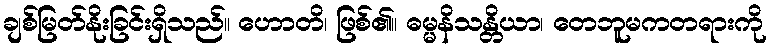
ချစ်မြတ်နိုးခြင်းရှိသည်။ ဟောတိ၊ ဖြစ်၏။ ဓမ္မနိသန္တိယာ၊ တေဘူမကတရားကို